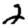
Digit: 2